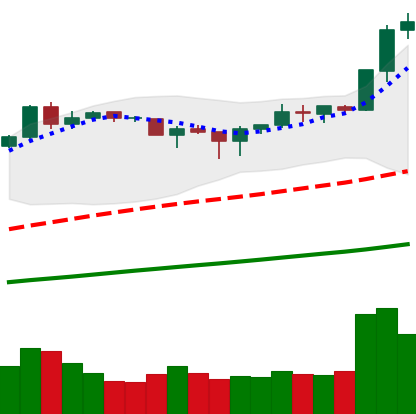
Ticker: BNB-USD
Chart end date: 2019-04-20
Forward return: -11.054%
Label: down_7plus